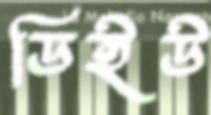
ডিইউ